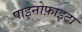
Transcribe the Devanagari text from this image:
पाइनोफ़ाइटा